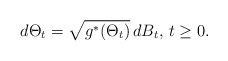
\begin{align*}d\Theta_t=\sqrt{g^*(\Theta_t)}\,dB_t, \,t\geq 0.\end{align*}